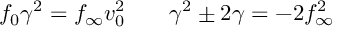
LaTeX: f _ { 0 } \gamma ^ { 2 } = f _ { \infty } v _ { 0 } ^ { 2 } \; \; \; \; \; \; \; \gamma ^ { 2 } \pm 2 \gamma = - 2 f _ { \infty } ^ { 2 }